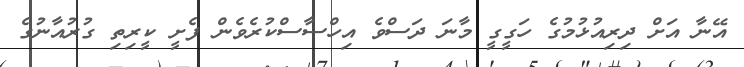
އޭނާ އަށް ދިރިއުޅުމުގެ ހަގީގީ މާނަ ދަސްވެ އިހްސާސްކުރެވެން ފެށީ ކީރިތި ގުރުއާނުގެ